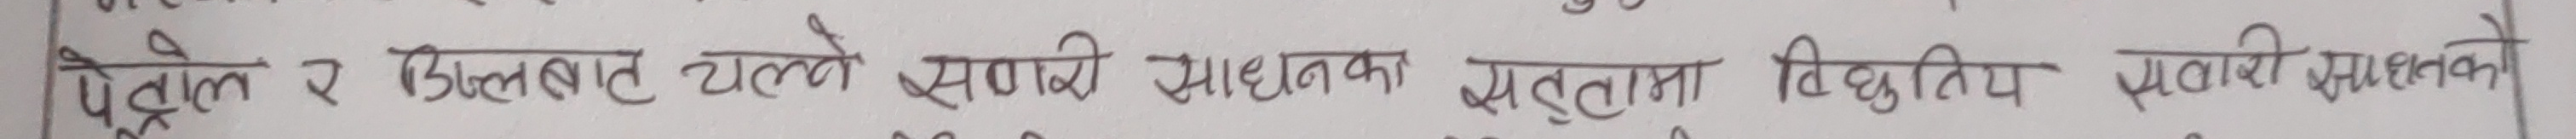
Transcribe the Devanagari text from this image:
पेट्रोल र डिजेलबाट चल्ने सवारी साधनका तुलनामा विद्युतीय सवारी साधनको